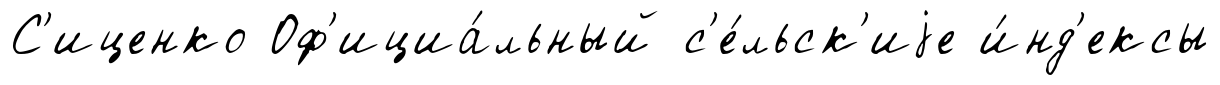
С'иценко Оф'ициа́льный с'е́льск'иjе и́нд'ексы